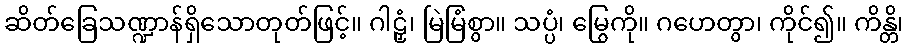
ဆိတ်ခြေသဏ္ဍာန်ရှိသောတုတ်ဖြင့်။ ဂါဠှံ၊ မြဲမြံစွာ။ သပ္ပံ၊ မြွေကို။ ဂဟေတွာ၊ ကိုင်၍။ ကိန္တိ၊